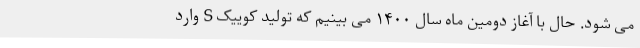
می شود. حال با آغاز دومین ماه سال ۱۴۰۰ می بینیم که تولید کوییک S وارد